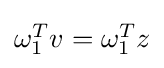
{\textstyle \omega _{1}^{T}v=\omega _{1}^{T}z}